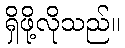
ရှိဖို့လိုသည်။